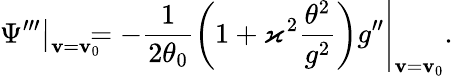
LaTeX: \left.\Psi^{\prime\prime\prime}\right\vert_{\mathbf{v}=\mathbf{v}_{0}}\! \! \! \! =\left.-\frac{{1}}{{2\theta_{0}}}\left(1+\varkappa^{2}\frac{{\theta^{2}}}{{g^{2}}}\right)g^{\prime\prime}\right\vert_{\mathbf{v}=\mathbf{v}_{0}}.